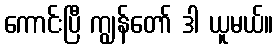
ကောင်းပြီ ကျွန်တော် ဒါ ယူမယ်။